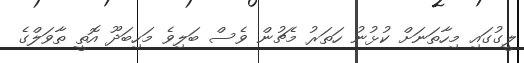
ލީގުގައި މިހާތަނަށް ކުޅުނު ހަތަރު މެޗުން ވެސް ބަލިވެ މަހިބަދޫ އޮތީ ތާވަލްގެ